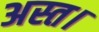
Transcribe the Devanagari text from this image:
अस्त।